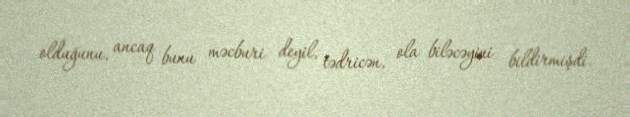
olduğunu, ancaq bunu məcburi deyil, tədricən, ola biləcəyini bildirmişdi.